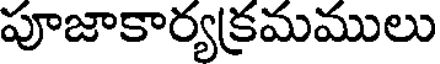
పూజాకార్యక్రమములు